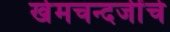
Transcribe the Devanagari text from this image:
खेमचन्दजींचे